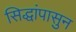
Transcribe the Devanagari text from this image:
सिद्धांपासुन